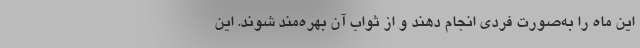
این ماه را به‌صورت فردی انجام دهند و از ثواب آن بهره‌مند شوند. این